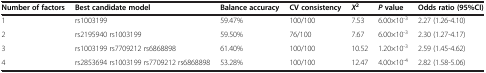
<table><thead><tr><td><b>Number of factors</b></td><td><b>Best candidate model</b></td><td><b>Balance accuracy</b></td><td><b>CV consistency</b></td><td><b><i>X</i><sup>2</sup></b></td><td><b><i>P </i>value</b></td><td><b>Odds ratio (95%CI)</b></td></tr></thead><tbody><tr><td>1</td><td>rs1003199</td><td>59.47%</td><td>100/100</td><td>7.53</td><td>6.00×10<sup>-3</sup></td><td>2.27 (1.26-4.10)</td></tr><tr><td>2</td><td>rs2195940 rs1003199</td><td>59.50%</td><td>76/100</td><td>7.67</td><td>6.00×10<sup>-3</sup></td><td>2.30 (1.27-4.17)</td></tr><tr><td>3</td><td>rs1003199 rs7709212 rs6868898</td><td>61.40%</td><td>100/100</td><td>10.52</td><td>1.20×10<sup>-3</sup></td><td>2.59 (1.45-4.62)</td></tr><tr><td>4</td><td>rs2853694 rs1003199 rs7709212 rs6868898</td><td>53.28%</td><td>100/100</td><td>12.47</td><td>4.00×10<sup>-4</sup></td><td>2.82 (1.58-5.06)</td></tr></tbody></table>